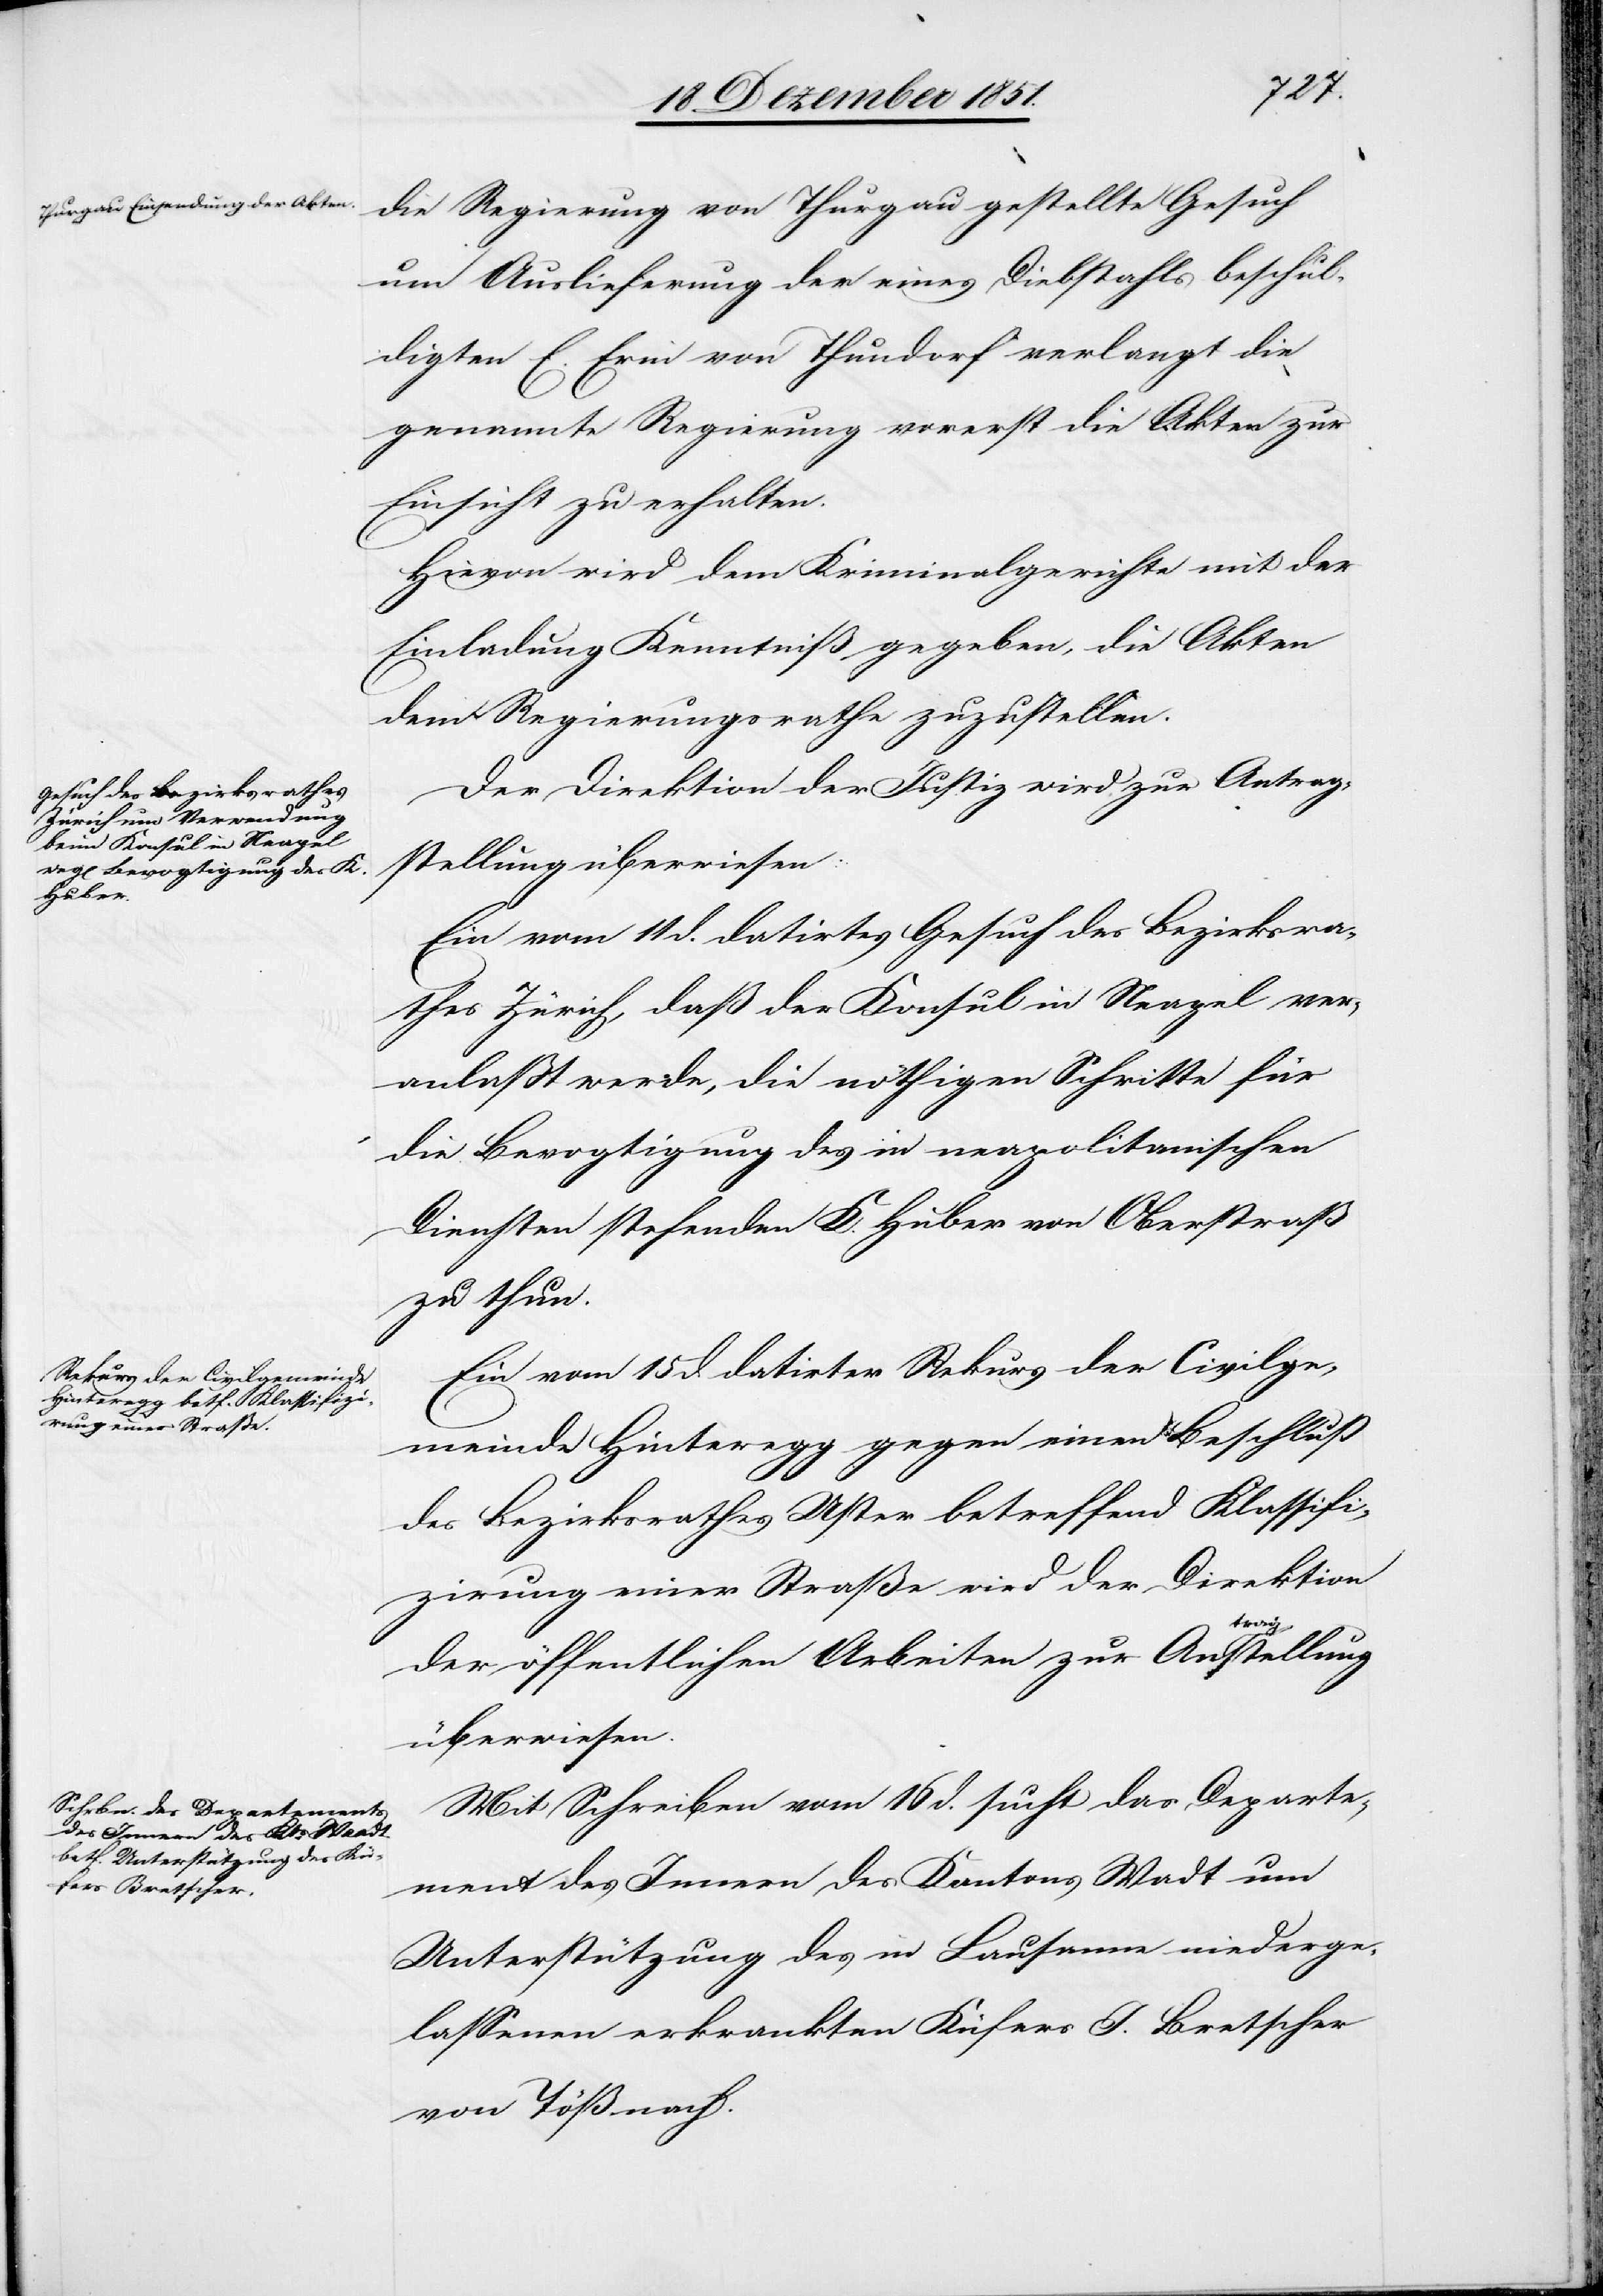
19 Dezember 1851.]
die Regierung von Thurgau gestellte Gesuch
um Auslieferung der [sic!] eines Diebstahls beschul¬
digten E. Erni von Thundorf verlangt die
genannte Regierung vorerst die Akten zur
Einsicht zu erhalten.
Hievon wird dem Kriminalgerichte mit der
Einladung Kenntniß gegeben, die Akten
dem Regierungsrathe zuzustellen.
Der Direktion der Justiz wird zur Antrag¬
stellung überwiesen:
Ein vom 11 d. datirtes Gesuch des Bezirksra¬
thes Zürich, daß der Konsul in Neapel ver¬
anlaßt werde, die nöthigen Schritte für
die Bevogtigung des in neapolitanischen
Diensten stehenden K. Huber von Oberstraß
zu thun.
Ein vom 15 d. datirter Rekurs der Civilge¬
meinde Hinteregg gegen einen Beschluß
des Bezirksrathes Uster betreffend Klassifi¬
zirung einer Straße wird der Direktion
der öffentlichen Arbeiten zur Antragstellung
überwiesen.
Mit Schreiben vom 16 d. sucht das Departe¬
ment des Innern des Kantons Wa[a]dt um
Unterstützung des in Lausanne niederge¬
lassenen erkrankten Küfers J. Bretscher
von Töß nach.